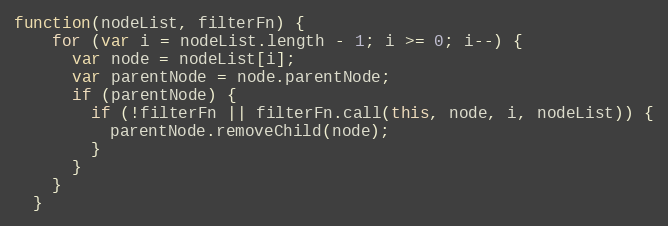
Language: JavaScript
function(nodeList, filterFn) {
    for (var i = nodeList.length - 1; i >= 0; i--) {
      var node = nodeList[i];
      var parentNode = node.parentNode;
      if (parentNode) {
        if (!filterFn || filterFn.call(this, node, i, nodeList)) {
          parentNode.removeChild(node);
        }
      }
    }
  }